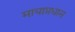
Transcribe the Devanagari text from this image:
मायाप्रधान